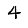
Digit: 4